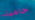
حامية